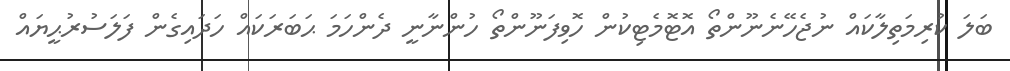
ބަލަ ކުރިމަތިލާކައް ނުޖެހޭނެނޫންތޯ އޮޓޮމެޓިކުން ހޮވިފަނޫންތޯ ހުންނާނީ ދެންހަމަ ޙަބަރަކައް ހަދައިގެން ފަލަސުރުޙީޔައް